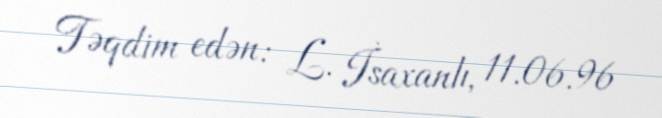
Təqdim edən: L. İsaxanlı, 11.06.96